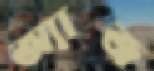
অ্যাজ